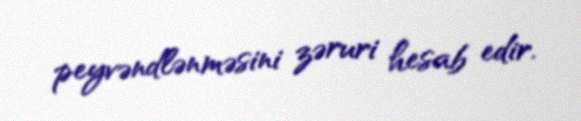
peyvəndlənməsini zəruri hesab edir.